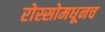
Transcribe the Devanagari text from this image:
रोस्सोमधूनच